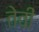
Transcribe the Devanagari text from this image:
तेवीं